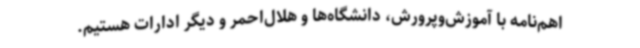
اهم‌نامه با آموزش‌وپرورش، دانشگاه‌ها و هلال‌احمر و دیگر ادارات هستیم.